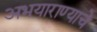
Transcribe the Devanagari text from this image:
अभयाराण्याचे